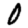
Digit: 0